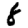
Digit: 8